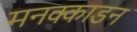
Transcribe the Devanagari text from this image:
मनक्काडन